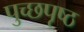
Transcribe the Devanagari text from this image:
पुच्छपृष्ठ